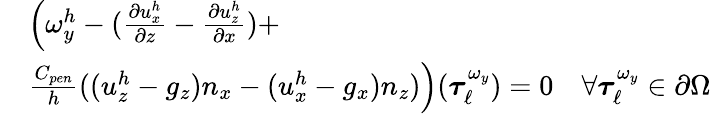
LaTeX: \begin{array}{rl}&{\left(\omega_{y}^{h}-(\frac{\partial u_{x}^{h}}{\partial z}-\frac{\partial u_{z}^{h}}{\partial x})+\right.}\\ &{\left.\frac{C_{pen}}{h}((u_{z}^{h}-g_{z})n_{x}-(u_{x}^{h}-g_{x})n_{z})\right)(\boldsymbol{\tau}_{\ell}^{\omega_{y}})=0\quad\forall\boldsymbol{\tau}_{\ell}^{\omega_{y}}\in\partial\Omega}\end{array}